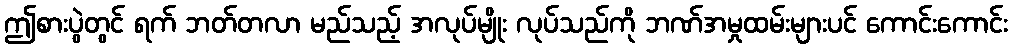
ဤစားပွဲတွင် ရက် ဘတ်တလာ မည်သည့် အလုပ်မျိုး လုပ်သည်ကို ဘဏ်အမှုထမ်းများပင် ကောင်းကောင်း